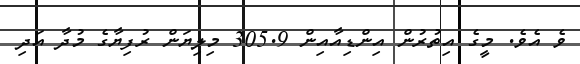
ވެ އެވެ. މީގެ އިތުރުން އިންޑިއާއިން 305.9 މިލިޔަން ރުފިޔާގެ މުދާ އަދި